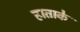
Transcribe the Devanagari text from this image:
हाताके